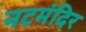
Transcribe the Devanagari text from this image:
नटमंदिर